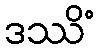
ဒဿိံ